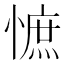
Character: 𢠫